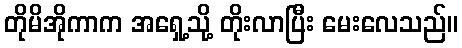
တိုမိအိုကာက အရှေ့သို့ တိုးလာပြီး မေးလေသည်။